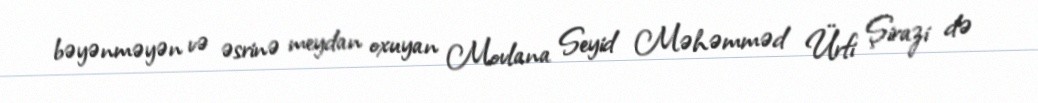
bəyənməyən və əsrinə meydan oxuyan Movlana Seyid Məhəmməd Ürfi Şirazi də